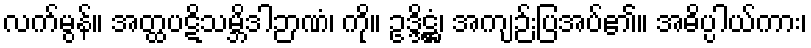
လက်မွန်။ အတ္ထပဋိသမ္ဘိဒါဉာဏံ၊ ကို။ ဥဒ္ဒိဋ္ဌံ၊ အကျဉ်းပြအပ်၏။ အဓိပ္ပါယ်ကား၊